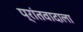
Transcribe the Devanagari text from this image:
प्रांतवादाला